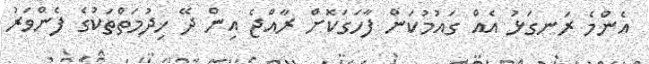
އެންމެ ރަނގަޅު އެއް ގައުމުކަން ފާހަގަކޮށް ރާއްޖެ އިން ދޭ ޚިދުމަތްތަކުގެ ފެންވަރު